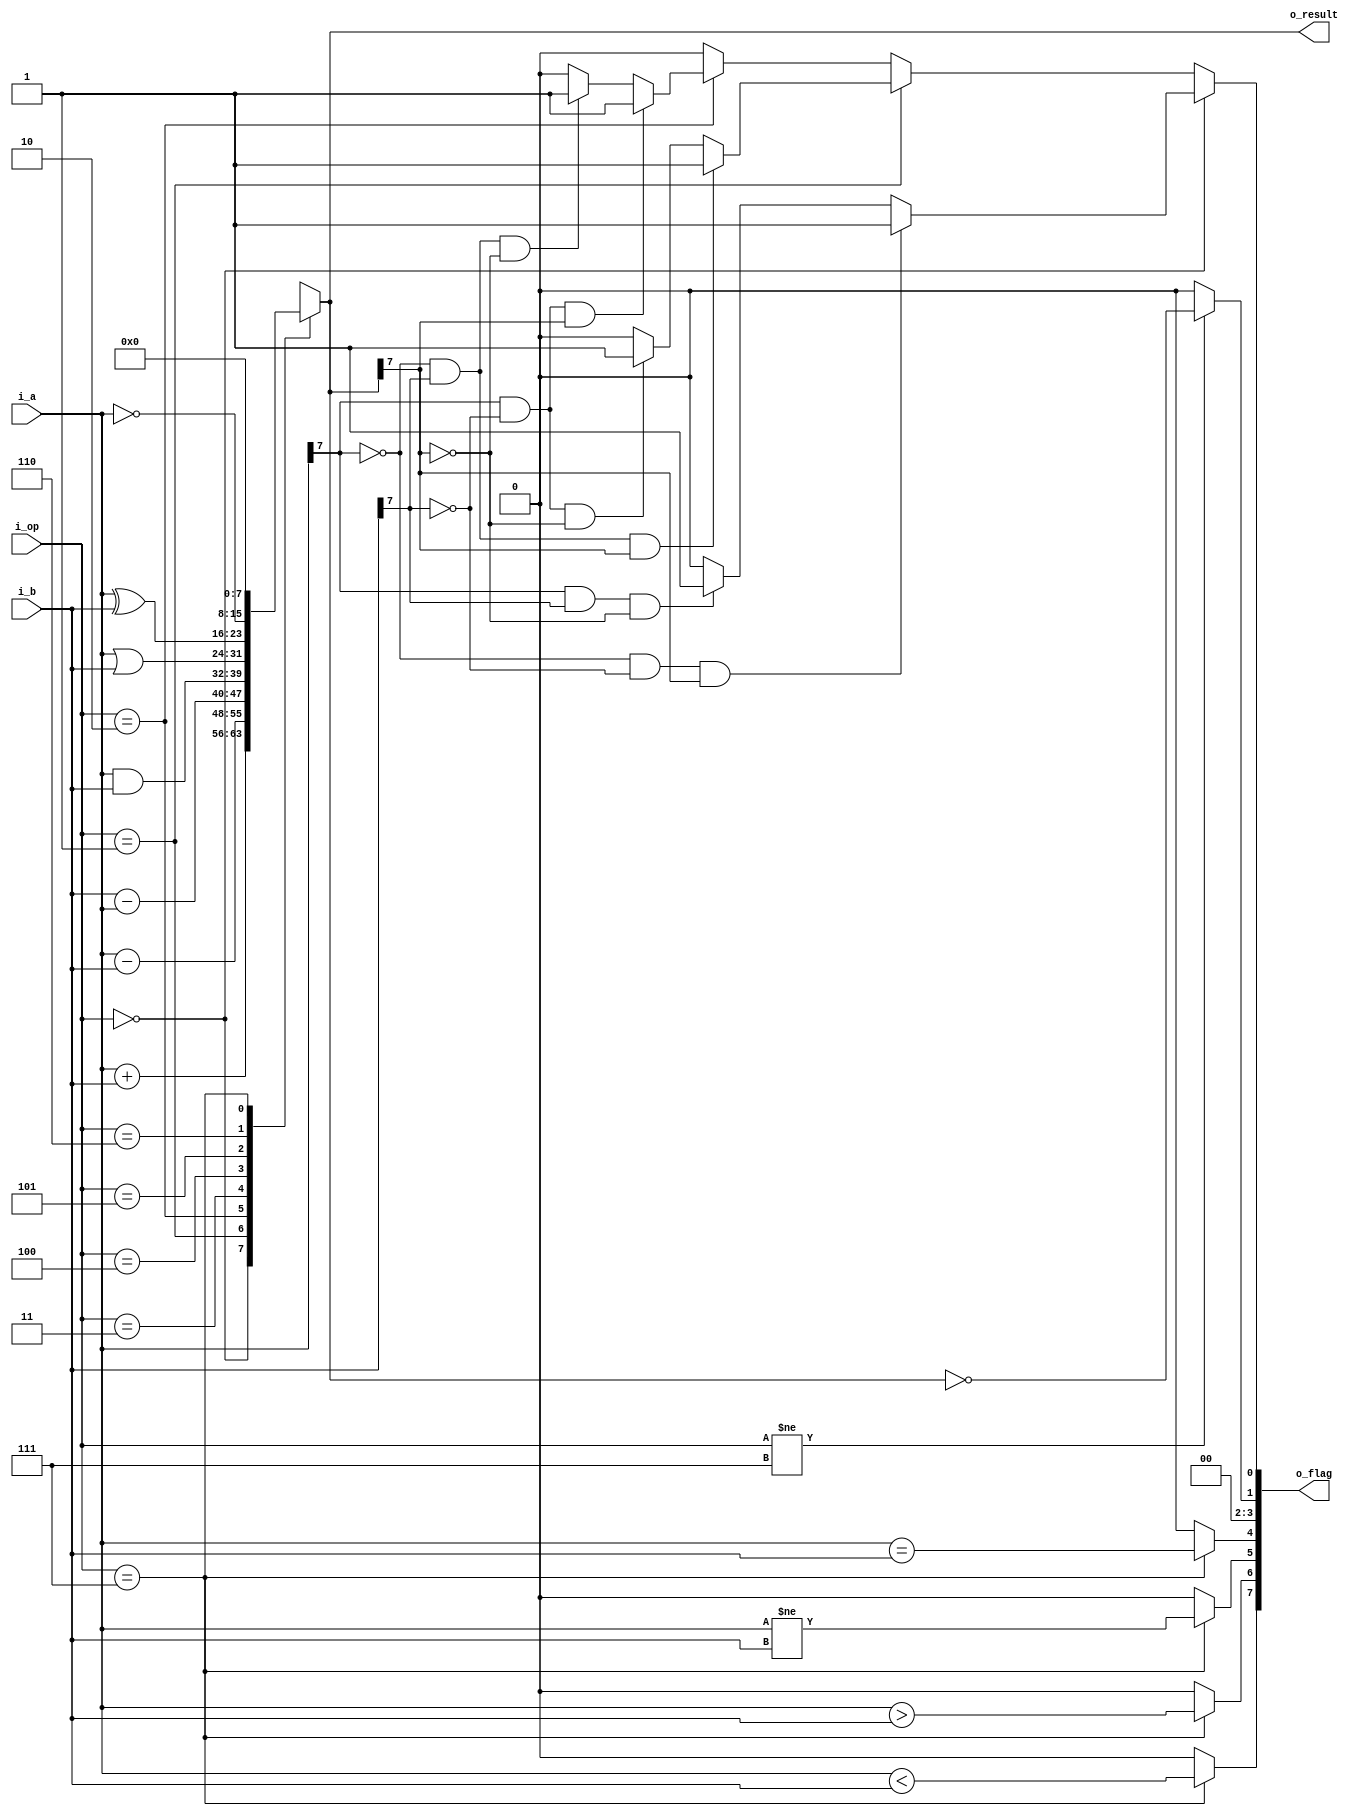
module alu_8bit_me (
    input   wire    [7:0]       i_a,
    input   wire    [7:0]       i_b,
    input   wire    [2:0]       i_op,
    output  reg     [7:0]       o_result,
    output  wire    [7:0]       o_flag
);
always @(*) begin
    case (i_op)
        0 : o_result = i_a + i_b;
        1 : o_result = i_a - i_b;
        2 : o_result = i_b - i_a;
        3 : o_result = i_a & i_b;
        4 : o_result = i_a | i_b;
        5 : o_result = i_a ^ i_b;
        6 : o_result = ~i_a;
        7 : o_result = 0;
    endcase
end

reg r_overflow;
always @(*) begin
    if (i_op == 0) begin // addition
        if (~i_a[7] & ~i_b[7] & o_result[7])
            r_overflow = 1;
        else if(i_a[7] & i_b[7] & ~o_result[7])
            r_overflow = 1;
        else
            r_overflow = 0;
    end
    else if (i_op == 1) begin // subtraction 1 : (a - b)
        if (~i_a[7] & i_b[7] & o_result[7])
            r_overflow = 1;
        else if(i_a[7] & ~i_b[7] & ~o_result[7])
            r_overflow = 1;
        else
            r_overflow = 0;
    end
    else if (i_op == 2) begin // subtraction 2 : (b - a)
        if (~i_b[7] & i_a[7] & o_result[7])
            r_overflow = 1;
        else if(i_b[7] & ~i_a[7] & ~o_result[7])
            r_overflow = 1;
        else
            r_overflow = 0;
    end
    else
        r_overflow = 0;
end


// 
wire    w_zero;
wire    w_equal;
wire    w_not_equal;
wire    w_greater_a;
wire    w_greater_b; 

assign  w_zero = (i_op != 7) ? (o_result == 0) : 0; 
assign  w_equal = (i_op == 7) ? (i_a == i_b) : 0;
assign  w_not_equal = (i_op == 7) ? (i_a != i_b) : 0;
assign  w_greater_a = (i_op == 7) ? (i_a > i_b) : 0;
assign  w_greater_b = (i_op == 7) ? (i_a < i_b) : 0; 

assign  o_flag[0] = r_overflow;
assign  o_flag[1] = w_zero;
assign  o_flag[3:2] = 0;
assign  o_flag[4] = w_equal;
assign  o_flag[5] = w_not_equal;
assign  o_flag[6] = w_greater_a;
assign  o_flag[7] = w_greater_b; 
// assign  o_flag = {w_greater_b, w_greater_a, w_not_equal, w_equal, 2'b0, w_zero, r_overflow};

endmodule